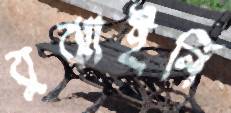
বুঝাইনি